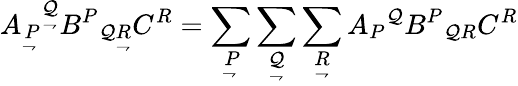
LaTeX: A_{\underset{\rightharpoondown}{P}}{}^{\underset{\rightharpoondown}{\mathcal{Q}}}B^{P}{}_{\mathcal{Q}{\underset{\rightharpoondown}{R}}}C^{R}=\sum_{\underset{\rightharpoondown}{P}}\sum_{\underset{\rightharpoondown}{\mathcal{Q}}}\sum_{\underset{\rightharpoondown}{R}}A_{P}{}^{\mathcal{Q}}B^{P}{}_{\mathcal{Q}R}C^{R}